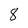
Character: 8